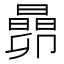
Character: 𬁬